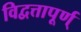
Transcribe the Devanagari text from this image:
विद्वत्तापूर्ण्‌